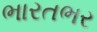
ભારતભર